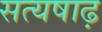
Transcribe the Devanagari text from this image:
सत्यषाढ़